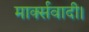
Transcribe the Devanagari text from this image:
मार्क्सवादी।